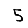
Digit: 5